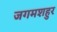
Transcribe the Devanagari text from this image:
जगमशहुर